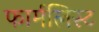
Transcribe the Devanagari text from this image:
फार्मलिस्ट